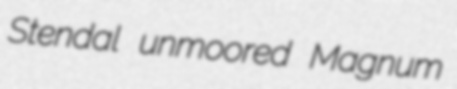
Stendal unmoored Magnum